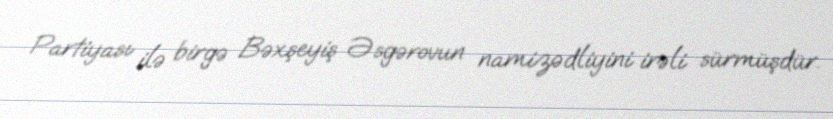
Partiyası ilə birgə Bəxşeyiş Əsgərovun namizədliyini irəli sürmüşdür.